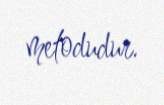
metodudur.